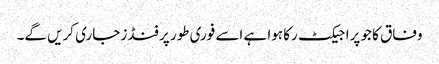
وفاق کا جو پراجیکٹ رکا ہوا ہے اسے فوری طور پر فنڈز جاری کریں گے۔